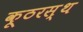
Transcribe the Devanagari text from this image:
कूठरस्थ